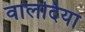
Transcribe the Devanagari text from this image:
वालदिया